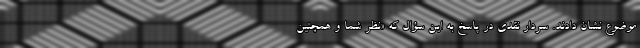
موضوع نشان دادند. سردار نقدی در پاسخ به این سؤال که «نظر شما و همچنین